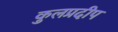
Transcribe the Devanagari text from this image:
कुलप्रदीप